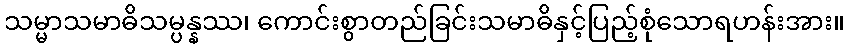
သမ္မာသမာဓိသမ္ပန္နဿ၊ ကောင်းစွာတည်ခြင်းသမာဓိနှင့်ပြည့်စုံသောရဟန်းအား။